Report on vaccination in the Province of Bengal - 1869-1873
Year: 1869
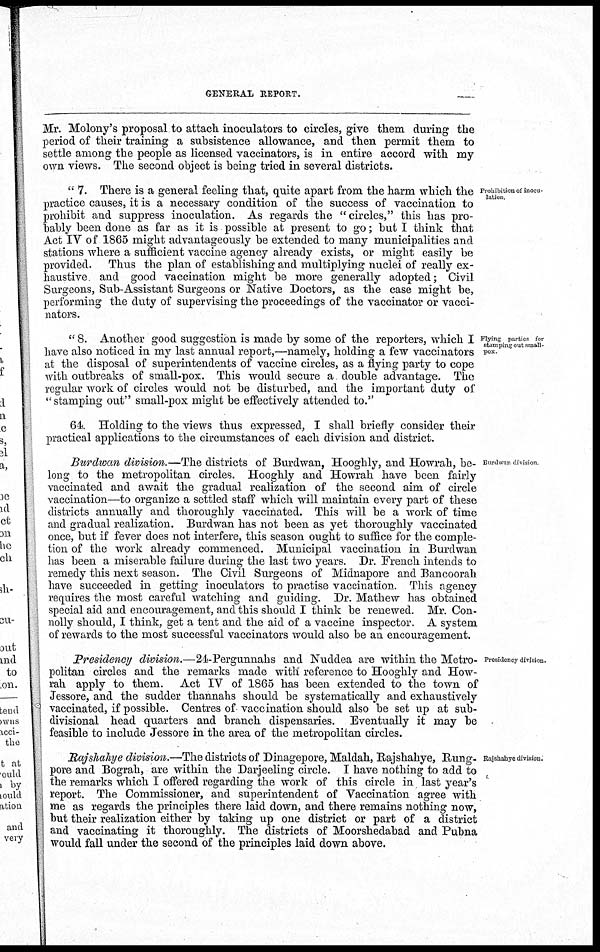
GENERAL REPORT.
Mr. Molony's proposal to attach inoculators to circles, give them during the
period of their training a subsistence allowance, and then permit them to
settle among the people as licensed vaccinators, is in entire accord with my
own views. The second object is being tried in several districts.
Prohibition of inocu-
lation.
" 7. There is a general feeling that, quite apart from the harm which the
practice causes, it is a necessary condition of the success of vaccination to
prohibit and suppress inoculation. As regards the "circles," this has pro-
bably been done as far as it is possible at present to go; but I think that
Act IV of 1865 might advantageously be extended to many municipalities and
stations where a sufficient vaccine agency already exists, or might easily be
provided. Thus the plan of establishing and multiplying nuclei of really ex-
haustive and good vaccination might be more generally adopted; Civil
Surgeons, Sub-Assistant Surgeons or Native Doctors, as the case might be,
performing the duty of supervising the proceedings of the vaccinator or vacci-
nators.
Flying parties for
stamping out small-
pox.
" 8. Another good suggestion is made by some of the reporters, which I
have also noticed in my last annual report,—namely, holding a few vaccinators
at the disposal of superintendents of vaccine circles, as a flying party to cope
with outbreaks of small-pox. This would secure a double advantage. The
regular work of circles would not be disturbed, and the important duty of
"stamping out" small-pox might be effectively attended to."
64. Holding to the views thus expressed, I shall briefly consider their
practical applications to the circumstances of each division and district.
Burdwan division
Burdwan division.—The districts of Burdwan, Hooghly, and Howrah, be-
long to the metropolitan circles. Hooghly and Howrah have been fairly
vaccinated and await the gradual realization of the second aim of circle
vaccination—to organize a settled staff which will maintain every part of these
districts annually and thoroughly vaccinated. This will be a work of time
and gradual realization. Burdwan has not been as yet thoroughly vaccinated
once, but if fever does not interfere, this season ought to suffice for the comple-
tion of the work already commenced. Municipal vaccination in Burdwan
has been a miserable failure during the last two years. Dr. French intends to
remedy this next season. The Civil Surgeons of Midnapore and Bancoorah
have succeeded in getting inoculators to practise vaccination. This agency
requires the most careful watching and guiding. Dr. Mathew has obtained
special aid and encouragement, and this should I think be renewed. Mr. Con-
nolly should, I think, get a tent and the aid of a vaccine inspector. A system
of rewards to the most successful vaccinators would also be an encouragement.
Presidency division.
Presidency division.—24-Pergunnahs and Nuddea are within the Metro-
politan circles and the remarks made with reference to Hooghly and How-
rah apply to them. Act IV of 1865 has been extended to the town of
Jessore, and the sudder thannahs should be systematically and exhaustively
vaccinated, if possible. Centres of vaccination should also be set up at sub-
divisional head quarters and branch dispensaries. Eventually it may be
feasible to include Jessore in the area of the metropolitan circles.
Rajshahye division.
Rajshahye division.—The districts of Dinagepore, Maldah, Rajshahye, Rung-
pore and Bograh, are within the Darjeeling circle. I have nothing to add to
the remarks which I offered regarding the work of this circle in last year's
report. The Commissioner, and superintendent of Vaccination agree with
me as regards the principles there laid down, and there remains nothing now,
but their realization either by taking up one district or part of a district
and vaccinating it thoroughly. The districts of Moorshedabad and Pubna
would fall under the second of the principles laid down above.